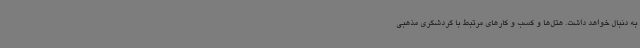
به دنبال خواهد داشت. هتل‌ها و کسب و کارهای مرتبط با گردشگری مذهبی